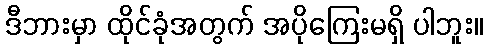
ဒီဘားမှာ ထိုင်ခုံအတွက် အပိုကြေးမရှိ ပါဘူး။